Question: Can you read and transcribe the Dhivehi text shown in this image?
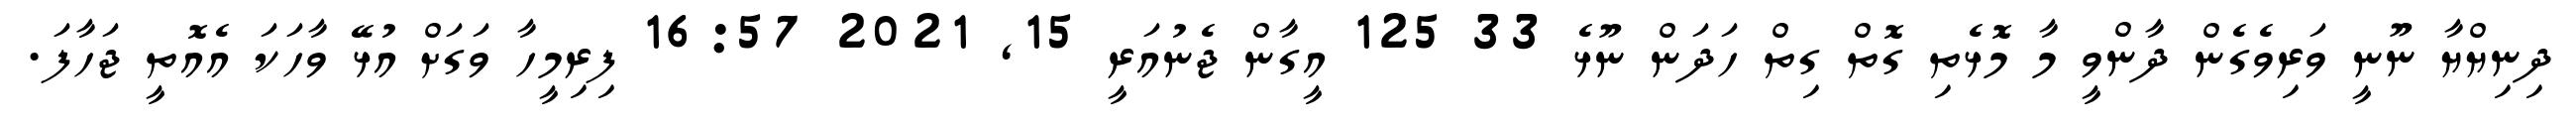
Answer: ދިނިޔްޔާ ނޫނީ ވަރިވެގެން ދާންވީ މާ މޮޅެތި ގޮތް ގިތް ހަދަން ނޫޅެ 33 125 އީގާން ޖެނުއަރީ 15, 2021 16:57 ފިރިމީހާ ވަގަށް އުޅޭ ވާހަކަ އެއޮތީ ޖަހާފަ.